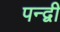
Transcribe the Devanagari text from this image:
पन्द्वी